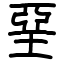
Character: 堊